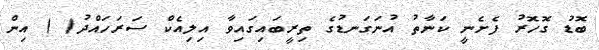
ބޮޑު ގޮހޮރު ފެށެނީ ކަނާތު އުނަގަނޑުގެ ތިރީބައިގައިވާ އިލިއެކް ސަރަހައްދު( ) އިން